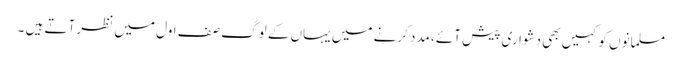
مسلمانوں کو کہیں بھی دشواری پیش آئے، مدد کرنے میں یہاں کے لوگ صف اول میں نظر آتے ہیں ۔